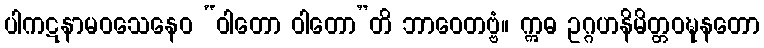
ပါကဋနာမဝသေနေဝ “ဝါတော ဝါတော”တိ ဘာဝေတဗ္ဗံ။ ဣဓ ဥဂ္ဂဟနိမိတ္တဝဍ္ဎနတော